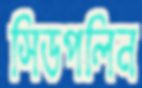
সিডপলিন